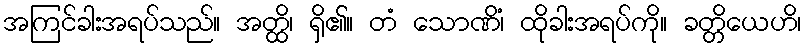
အကြင်ခါးအရပ်သည်။ အတ္ထိ၊ ရှိ၏။ တံ သောဏိံ၊ ထိုခါးအရပ်ကို။ ခတ္တိယေဟိ၊